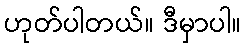
ဟုတ်ပါတယ်။ ဒီမှာပါ။